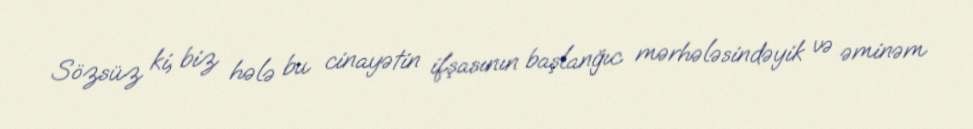
Sözsüz ki, biz hələ bu cinayətin ifşasının başlanğıc mərhələsindəyik və əminəm